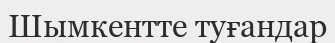
Шымкентте туғандар